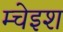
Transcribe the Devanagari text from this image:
म्चेइश